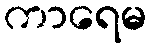
ကာရေမ